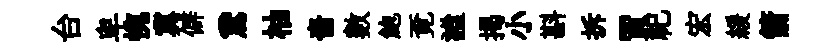
台卑惋冀僻鵞柚嗇數鮑覔謐揭小斟拆賈祀宏緩箭